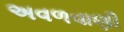
અવળવાણી